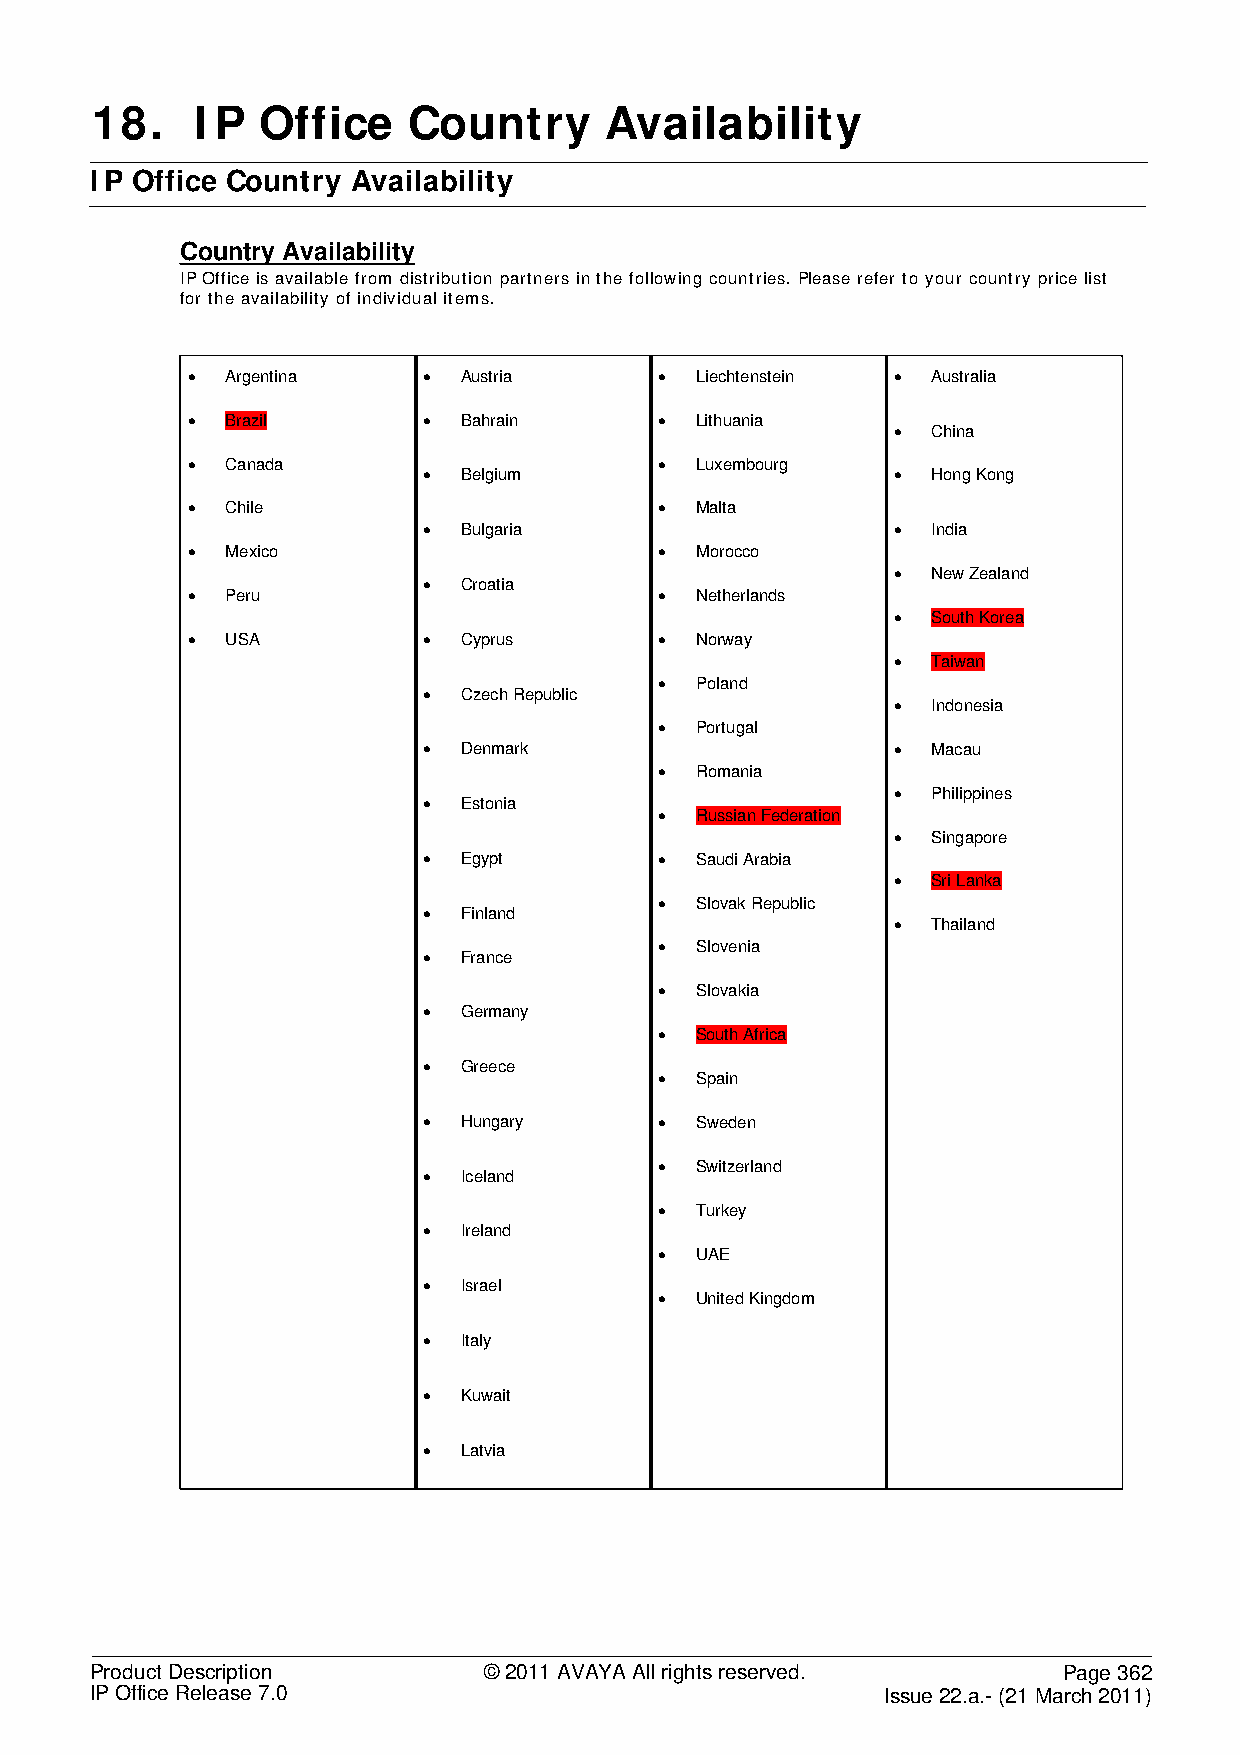
18.    I P Office    Country      Availability
 IP Office Country Availability
 Country Availability
 IP Office is available from distribution partners in the following countries. Please refer to your country price list
 for the availability of individual items.
 •  Argentina    • Austria       • Liechtenstein • Australia
 •  Brazil       • Bahrain       • Lithuania
 •  China
 •  Canada                       • Luxembourg
 • Belgium                      •  Hong Kong
 •  Chile                        • Malta
 • Bulgaria                     •  India
 •  Mexico                       • Morocco
 •  New Zealand
 • Croatia
 •  Peru                         • Netherlands
 •  South Korea
 •  USA          • Cyprus        • Norway
 •  Taiwan
 • Poland
 • Czech Republic
 •  Indonesia
 • Portugal
 • Denmark                      •  Macau
 • Romania
 •  Philippines
 • Estonia
 • Russian Federation
 •  Singapore
 • Egypt         • Saudi Arabia
 •  Sri Lanka
 • Slovak Republic
 • Finland
 •  Thailand
 • Slovenia
 • France
 • Slovakia
 • Germany
 • South Africa
 • Greece
 • Spain
 • Hungary       • Sweden
 • Switzerland
 • Iceland
 • Turkey
 • Ireland
 • UAE
 • Israel
 • United Kingdom
 • Italy
 • Kuwait
 • Latvia
 Product Description       © 2011 AVAYA All rights reserved.     Page 362
 IP Office Release 7.0                                Issue 22.a.- (21 March 2011)